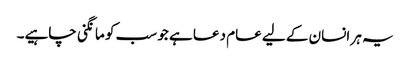
یہ ہر انسان کے لیے عام دعا ہے جو سب کو مانگنی چاہیے۔